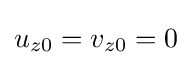
u_{z0}=v_{z0}=0